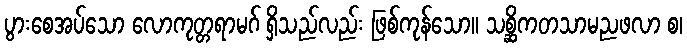
ပွားစေအပ်သော လောကုတ္တရာမဂ် ရှိသည်လည်း ဖြစ်ကုန်သော။ သစ္ဆိကတသာမညဖလာ စ၊